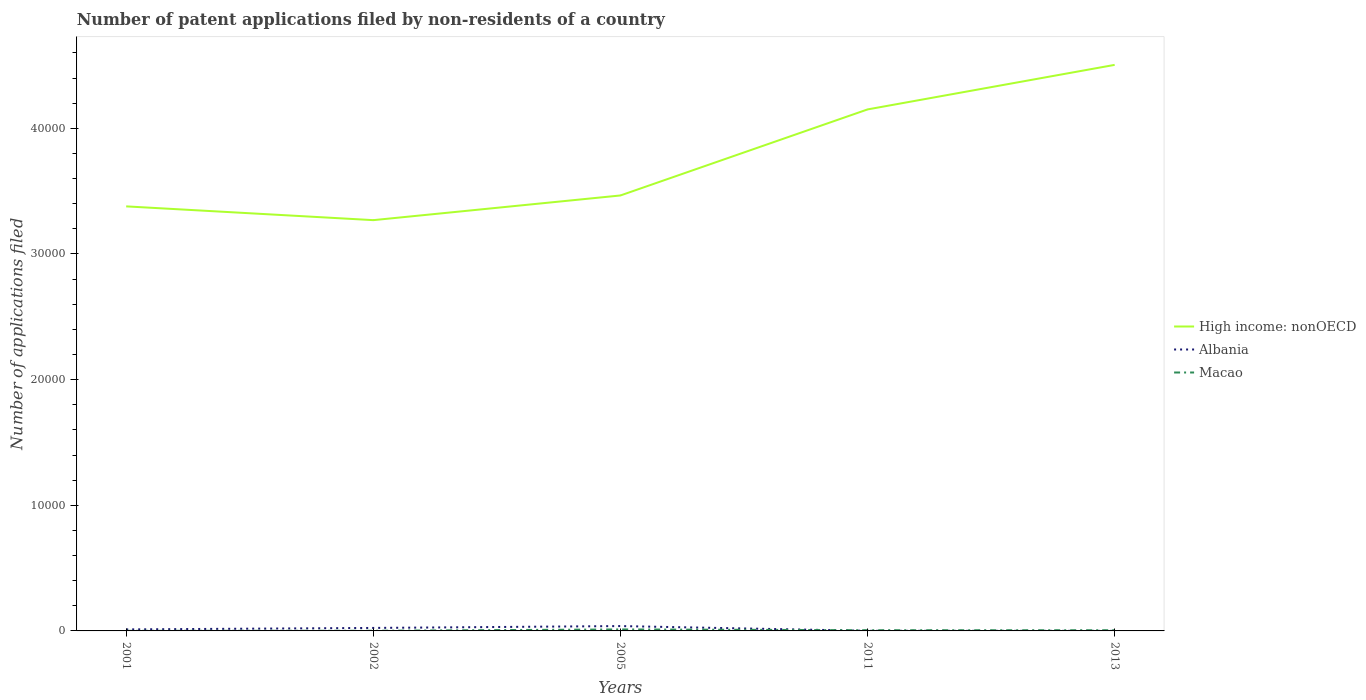
| Years | High income: nonOECD | Albania | Macao |
 | --- | --- | --- | --- |
 | 2001 | 3.38e+04 | 120 | 7 |
 | 2002 | 3.27e+04 | 238 | 12 |
 | 2005 | 3.47e+04 | 386 | 119 |
 | 2011 | 4.15e+04 | 8 | 56 |
 | 2013 | 4.51e+04 | 4 | 54 |